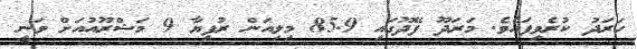
ހަރަދު ކުރެވިފައެވެ. މަރަދޫ ފޭދޫގައި 85.9 މިލިއަން ރުފިޔާ 9 މަޝްރޫއުއަށް ވަނީ